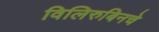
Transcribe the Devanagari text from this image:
विलिरुबिनचे